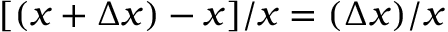
[ ( x + \Delta x ) - x ] / x = ( \Delta x ) / x